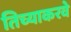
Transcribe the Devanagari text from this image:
तिच्याकरवे